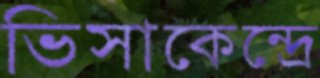
ভিসাকেন্দ্রে